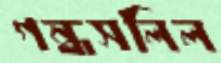
গন্ধসলিল